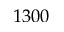
1 3 0 0